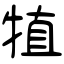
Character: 犆